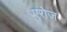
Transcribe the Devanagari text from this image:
एरोज